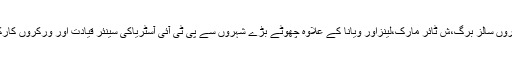
تقریب میں آسٹریا بھر کے شہروں سالز برگ،ش ٹائر مارک،لینزاور ویانا کے علاوہ چھوٹے بڑے شہروں سے پی ٹی آئی آسٹریاکی سینئر قیادت اور ورکروں کارکنوں نے بھر پور شرکت کی ۔